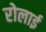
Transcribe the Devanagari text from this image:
रोलाई